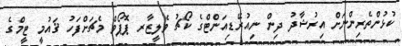
ކުޅުންތެރިންނަށް އިރުޝާދު ދިން ނިއުރޭޑިއަންޓްގެ ކޯޗު ވެލީޒާރ ޕޮޕޯވް މެޗަށްފަހު ޤައުމީ ޓީމްގެ